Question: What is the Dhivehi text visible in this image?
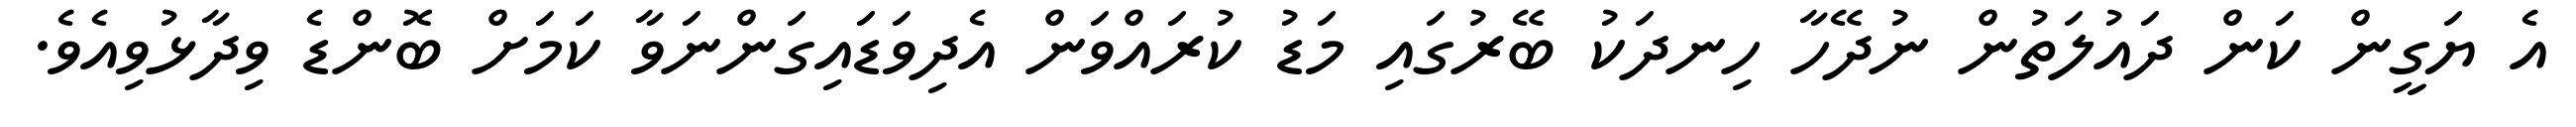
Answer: އެ ޔަގީން ކަން ދައުލަތުން ނުދޭހާ ހިނދަކު ބޭރުގައި މަޑު ކުރައްވަން އެދިވަޑައިގަންނަވާ ކަމަށް ބޮންޑެ ވިދާޅުވިއެވެ.